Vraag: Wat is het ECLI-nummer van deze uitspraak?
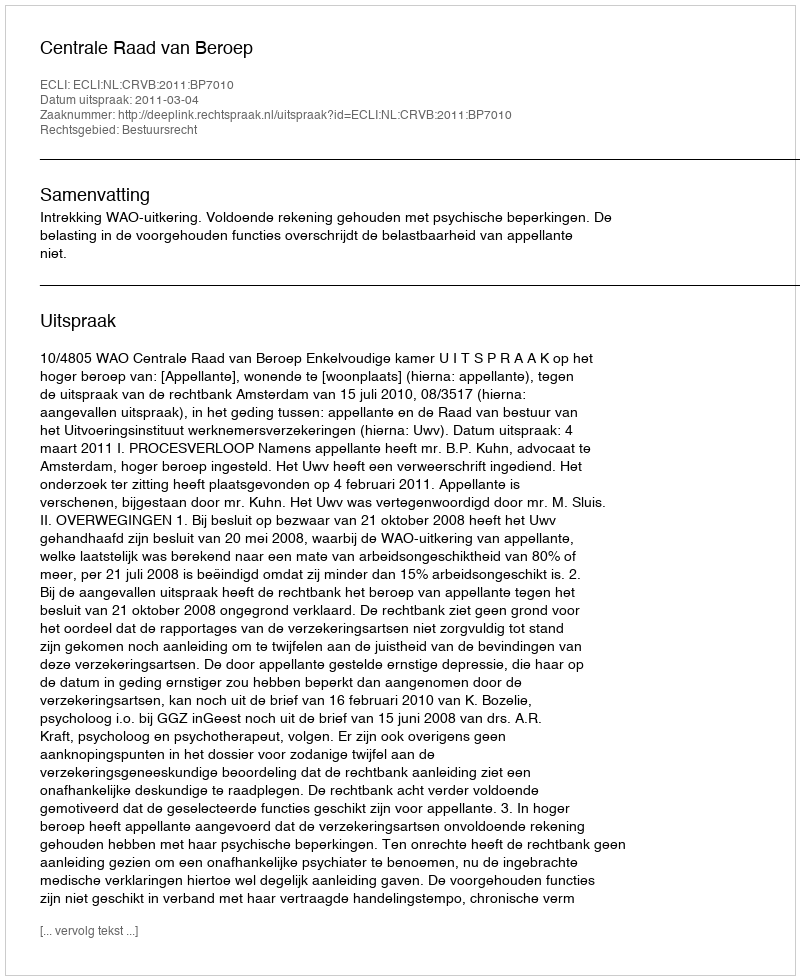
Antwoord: ECLI:NL:CRVB:2011:BP7010